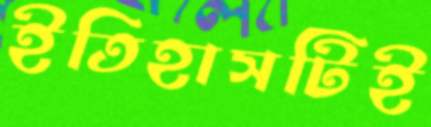
ইতিহাসটিই